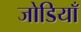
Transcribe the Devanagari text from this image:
जोडियाँ